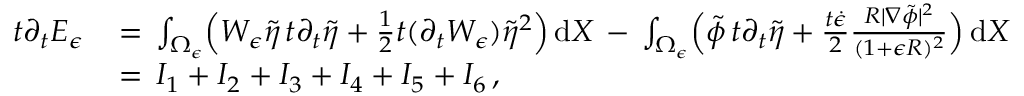
\begin{array} { r l } { t \partial _ { t } E _ { \epsilon } \, } & { = \, \int _ { \Omega _ { \epsilon } } \Bigl ( W _ { \epsilon } \tilde { \eta } \, t \partial _ { t } \tilde { \eta } + \frac 1 2 t ( \partial _ { t } W _ { \epsilon } ) \tilde { \eta } ^ { 2 } \Bigr ) \, \mathrm { d } X \, - \, \int _ { \Omega _ { \epsilon } } \Bigl ( \tilde { \phi } \, t \partial _ { t } \tilde { \eta } + \frac { t \dot { \epsilon } } { 2 } \frac { R | \nabla \tilde { \phi } | ^ { 2 } } { ( 1 + \epsilon R ) ^ { 2 } } \Bigr ) \, \mathrm { d } X } \\ { \, } & { = \, I _ { 1 } + I _ { 2 } + I _ { 3 } + I _ { 4 } + I _ { 5 } + I _ { 6 } \, , } \end{array}